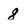
Character: 8